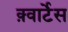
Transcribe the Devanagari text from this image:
क़्वार्टेस